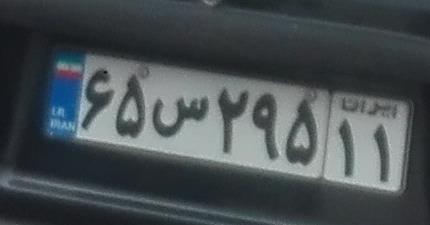
۶۵س۲۹۵۱۱